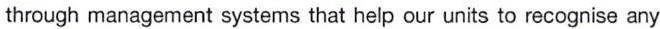
through management systems that help our units to recognise any